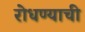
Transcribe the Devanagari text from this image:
रोधण्याची